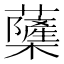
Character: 𮓌